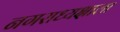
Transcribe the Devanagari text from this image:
नगराध्यक्षाला